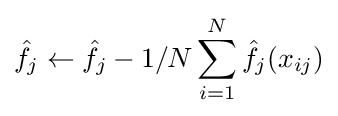
{\hat {f_{j}}}\leftarrow {\hat {f_{j}}}-1/N\sum _{i=1}^{N}{\hat {f_{j}}}(x_{ij})